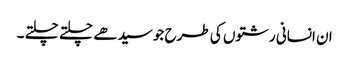
ان انسانی رشتوں کی طرح جو سیدھے چلتے چلتے ۔